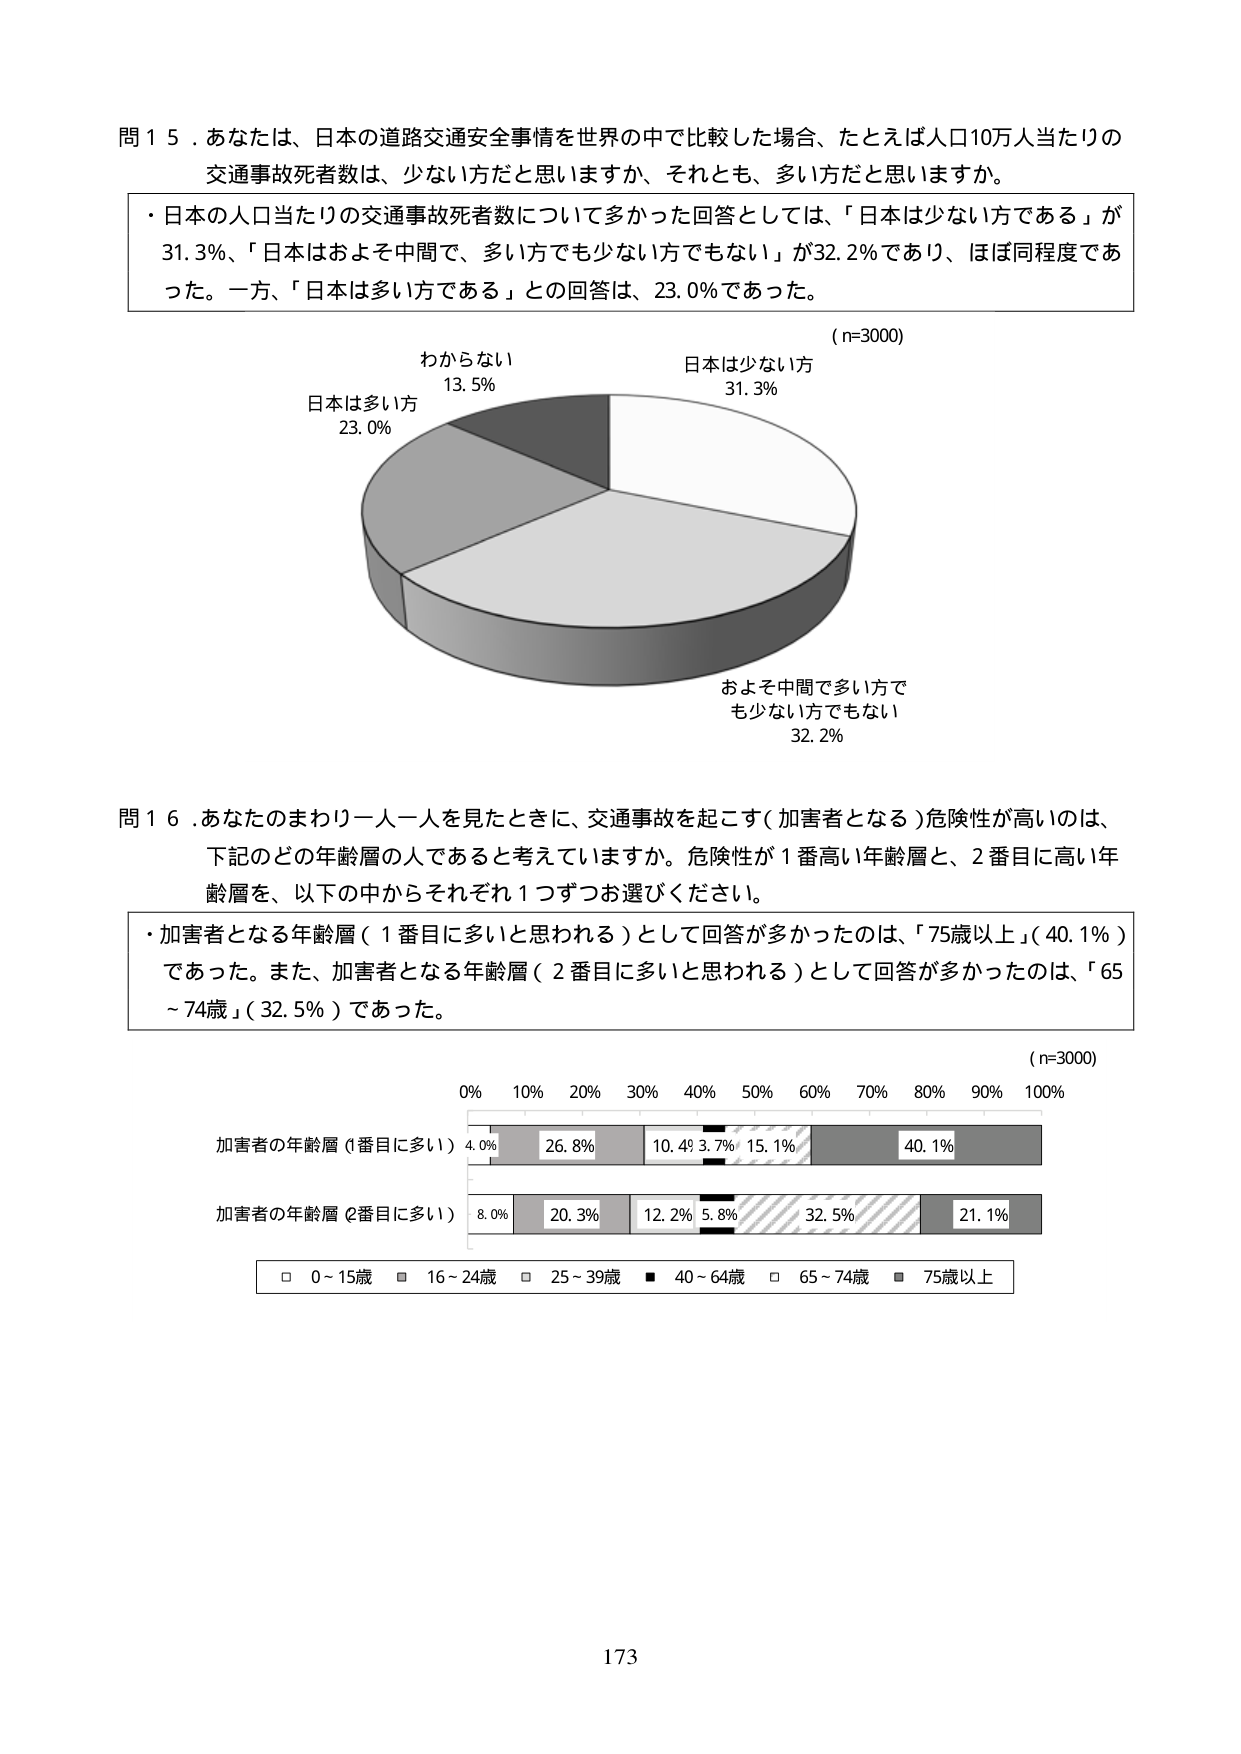
問１５．あなたは、日本の道路交通安全事情を世界の中で比較した場合、たとえば人口10万人当たりの交通事故死者数は、少ない方だと思いますか、それとも、多い方だと思いますか。

・日本の人口当たりの交通事故死者数について多かった回答としては、「日本は少ない方である」が31.3％、「日本はおよそ中間で、多い方でも少ない方でもない」が32.2％であり、ほぼ同程度であった。一方、「日本は多い方である」との回答は、23.0％であった。

（n=3000）
わからなぃ
13.5％
日本は少ない方
31.3％
日本は多い方
23.0％
およそ中間で多い方でも少ない方でもない
32.2％

問１６．あなたのまわり一人一人を見たときに、交通事故を起こす（加害者となる）危険性が高いのは、下記のどの年齢層の人であると考えていますか。危険性が１番高い年齢層と、２番目に高い年齢層を、以下の中からそれぞれ１つずつお選びください。

・加害者となる年齢層（１番目に多いと思われる）として回答が多かったのは、「75歳以上」（40.1％）であった。また、加害者となる年齢層（２番目に多いと思われる）として回答が多かったのは、「65～74歳」（32.5％）であった。

（n=3000）
0% 10% 20% 30% 40% 50% 60% 70% 80% 90% 100%
加害者の年齢層（1番目に多い） 4.0% 26.8% 10.4% 3.7% 15.1% 40.1%
加害者の年齢層（2番目に多い） 8.0% 20.3% 12.2% 5.8% 32.5% 21.1%
□ 0～15歳 ■ 16～24歳 □ 25～39歳 ■ 40～64歳 □ 65～74歳 ■ 75歳以上

173